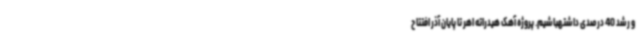
و رشد 40 درصدی داشتهباشیم. پروژه آهک هیدراته اهر تا پایان آذر افتتاح